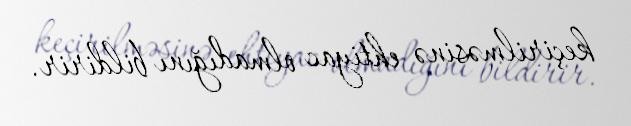
keçirilməsinə ehtiyac olmadığını bildirir.